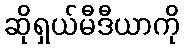
ဆိုရှယ်မီဒီယာကို